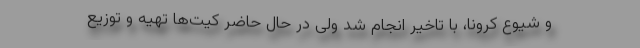
و شیوع کرونا، با تاخیر انجام شد ولی در حال حاضر کیت‌ها تهیه و توزیع